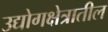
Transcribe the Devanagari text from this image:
उद्योगक्षेत्रातील